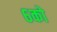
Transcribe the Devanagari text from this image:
६को